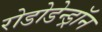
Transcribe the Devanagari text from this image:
रोडोडेन्‍ड्रॉन